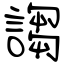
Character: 謅